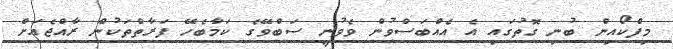
މިފްކޯއިން ބުނި ގޮތުގައި އެ އެއްބަސްވުން ވެވުނީ ސަބްވޭގެ ކަމާބެހޭ ފަރާތްތަކުން ރާއްޖެއަށް